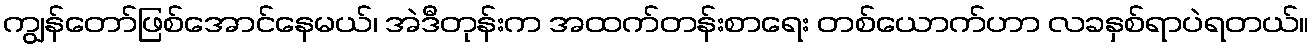
ကျွန်တော်ဖြစ်အောင်နေမယ်၊ အဲဒီတုန်းက အထက်တန်းစာရေး တစ်ယောက်ဟာ လခနှစ်ရာပဲရတယ်။